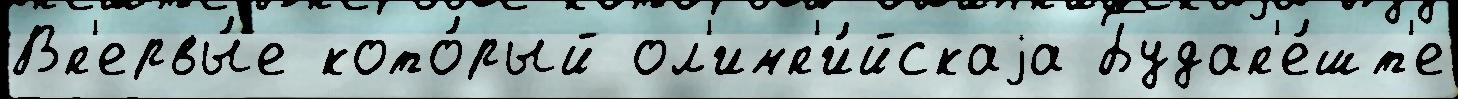
Вп'ервы́е кото́рый ол'имп'и́йскаjа Будап'е́шт'е